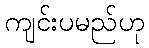
ကျင်းပမည်ဟု